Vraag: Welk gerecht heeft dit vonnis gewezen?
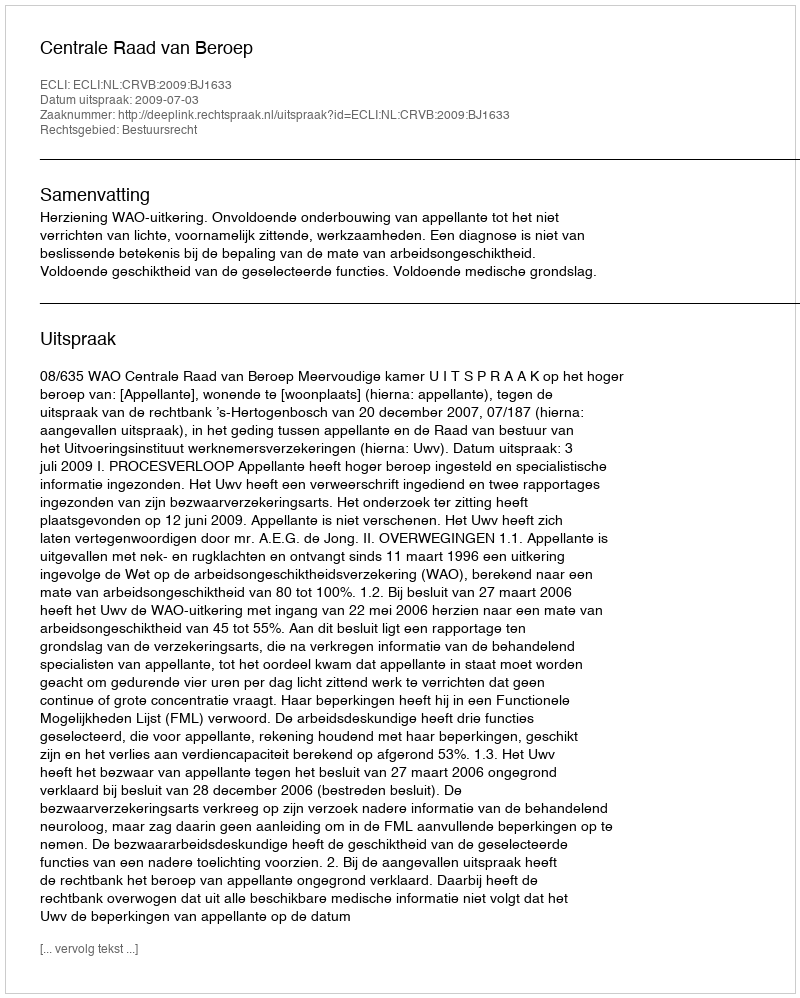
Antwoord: Centrale Raad van Beroep